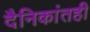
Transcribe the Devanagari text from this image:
दैनिकांतही